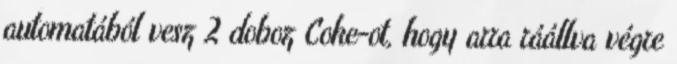
automatából vesz 2 doboz Coke-ot, hogy arra ráállva végre